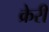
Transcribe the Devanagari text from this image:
क्रेरी